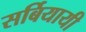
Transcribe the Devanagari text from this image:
सर्बियायी